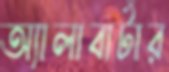
অ্যালাবার্টার